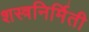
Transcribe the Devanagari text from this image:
शस्त्रनिर्मिती